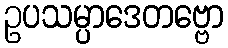
ဥပသမ္ပာဒေတဗ္ဗော